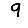
Digit: 9